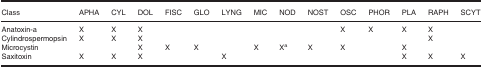
<table><thead><tr><td><b>Class</b></td><td><b>APHA</b></td><td><b>CYL</b></td><td><b>DOL</b></td><td><b>FISC</b></td><td><b>GLO</b></td><td><b>LYNG</b></td><td><b>MIC</b></td><td><b>NOD</b></td><td><b>NOST</b></td><td><b>OSC</b></td><td><b>PHOR</b></td><td><b>PLA</b></td><td><b>RAPH</b></td><td><b>SCYT</b></td></tr></thead><tbody><tr><td>Anatoxin‐a</td><td>X</td><td>X</td><td>X</td><td></td><td></td><td></td><td></td><td></td><td></td><td>X</td><td>X</td><td>X</td><td>X</td><td></td></tr><tr><td>Cylindrospermopsin</td><td>X</td><td>X</td><td>X</td><td></td><td></td><td></td><td></td><td></td><td></td><td></td><td></td><td></td><td>X</td><td></td></tr><tr><td>Microcystin</td><td></td><td></td><td>X</td><td>X</td><td>X</td><td></td><td>X</td><td>Xa</td><td>X</td><td>X</td><td></td><td>X</td><td></td><td></td></tr><tr><td>Saxitoxin</td><td>X</td><td>X</td><td>X</td><td></td><td></td><td>X</td><td></td><td></td><td></td><td></td><td></td><td>X</td><td>X</td><td>X</td></tr></tbody></table>